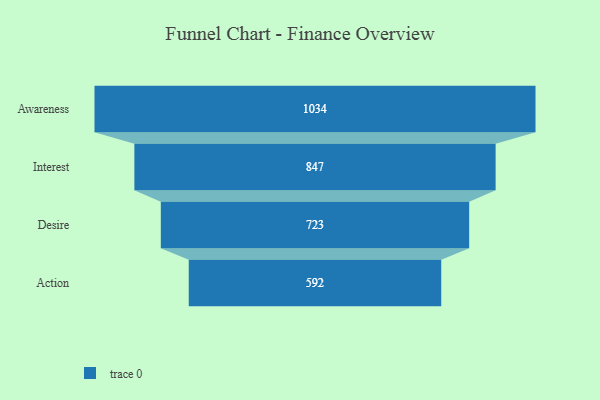
{"axis": {"x": "Stage", "y": "Value"}, "legend": [""], "data": [{"x": "Awareness", "y": 1034.0, "type": ""}, {"x": "Interest", "y": 847.0, "type": ""}, {"x": "Desire", "y": 723.0, "type": ""}, {"x": "Action", "y": 592.0, "type": ""}]}